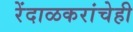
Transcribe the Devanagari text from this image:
रेंदाळकरांचेही